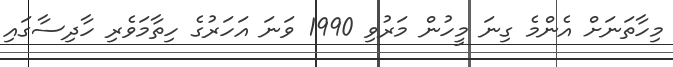
މިހާތަނަށް އެންމެ ގިނަ މީހުން މަރުވި 1990 ވަނަ އަހަރުގެ ހިތާމަވެރި ހާދިސާގައި